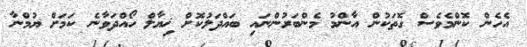
އެހެން ކޮންމެވެސް ގޮތަކުން އާންމު މެންބަރުންނައި ބައްދަލުކޮށް ޚިޔާލް ހޯއްދަވާނެ ކަމަށް ޔުމްނާ